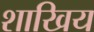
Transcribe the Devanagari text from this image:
शाखिय